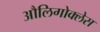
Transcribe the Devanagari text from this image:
औलिगोक्लेस